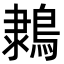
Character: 𪂩